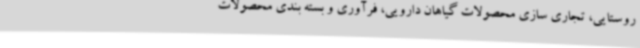
روستایی، تجاری سازی محصولات گیاهان دارویی، فرآوری و بسته بندی محصولات